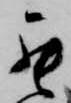
罷